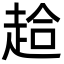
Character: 䞩